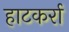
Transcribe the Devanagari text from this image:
हाटकर्रा